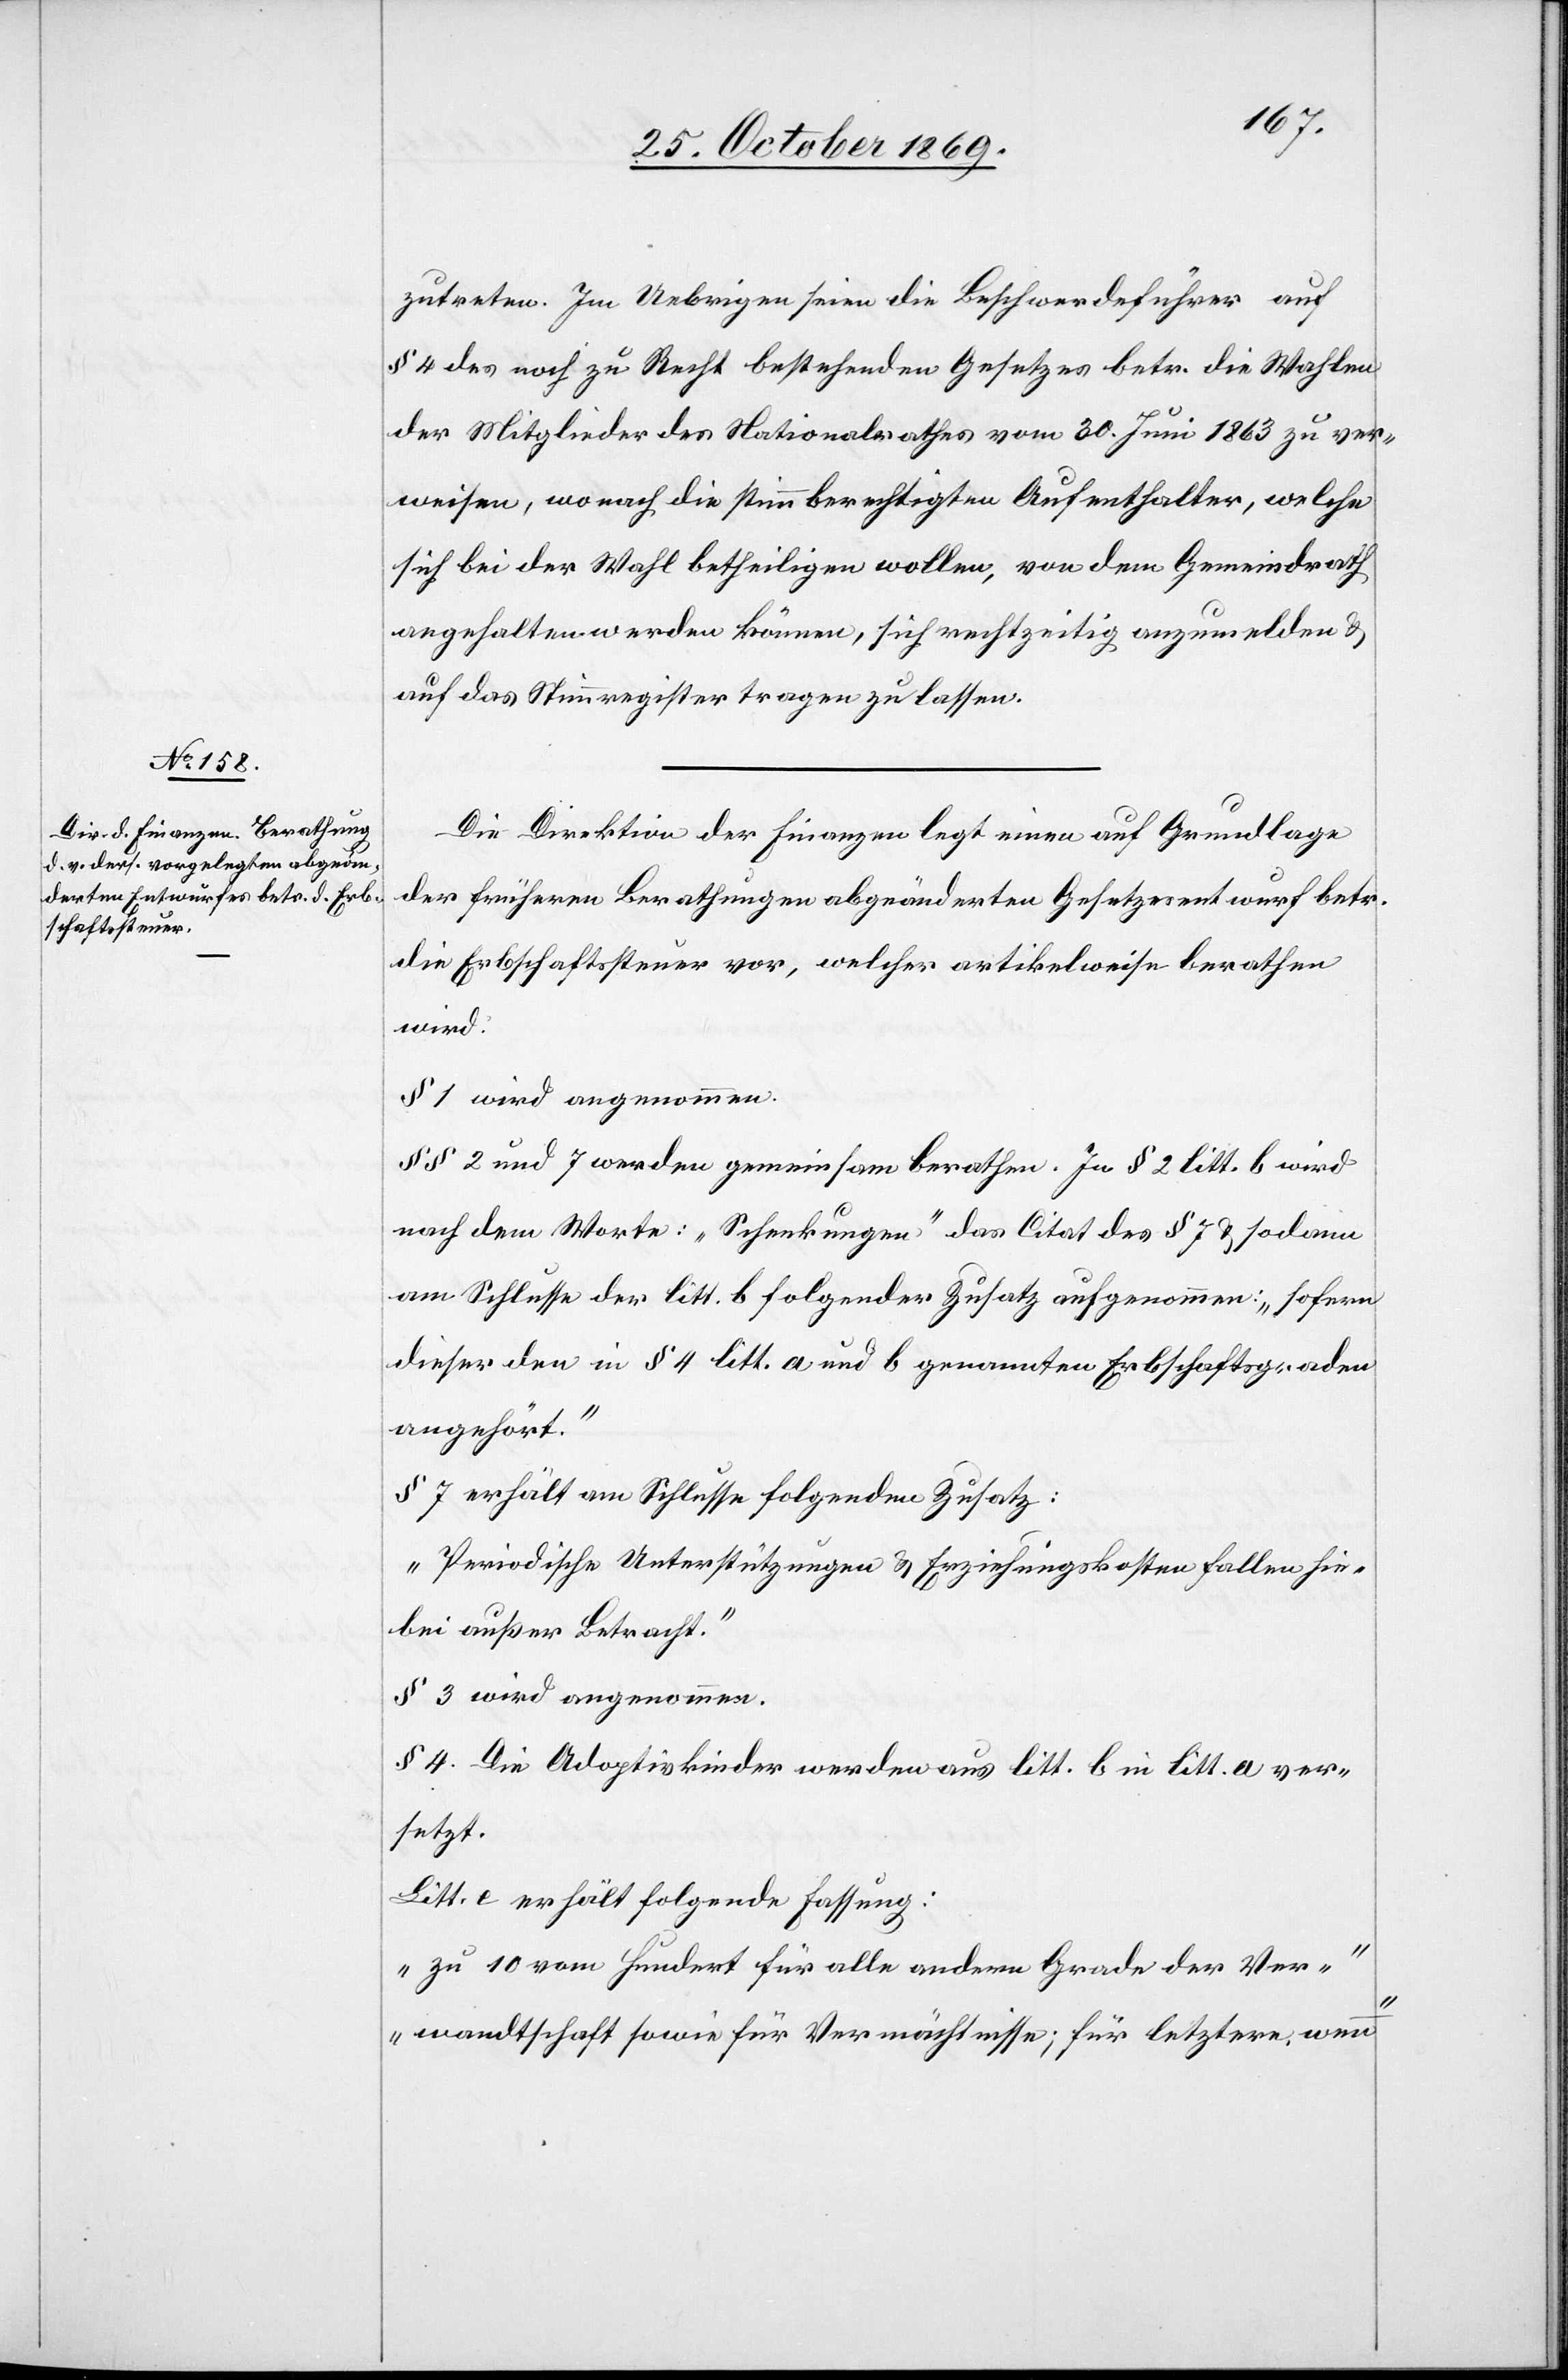
zutreten. Im Uebrigen seien die Beschwerdeführer auf
§ 4 des noch zu Recht bestehenden Gesetzes betr. die Wahlen
der Mitglieder des Nationalrathes vom 30. Juni 1863 zu ver¬
weisen, wonach die stimmberechtigten Aufenthalter, welche
sich bei der Wahl betheiligen wollen, von dem Gemeindrath
angehalten werden können, sich rechtzeitig anzumelden &
auf das Stimmregister tragen zu lassen.
Die Direktion der Finanzen legt einen auf Grundlage
der früheren Berathungen abgeänderten Gesetzesentwurf betr.
die Erbschaftssteuer vor, welcher artikelweise berathen
wird.
§ 1 wird angenommen.
§§ 2 und 7 werden gemeinsam berathen. In § 2 litt. b wird
nach dem Worte: „Schenkungen“ das Citat des § 7 & sodann
am Schlusse der litt. b folgender Zusatz aufgenommen: „sofern
dieser den in § 4 litt. a und b genannten Erbschaftsgraden
angehört.“
§ 7 erhält am Schlusse folgenden Zusatz:
„Periodische Unterstützungen & Erziehungskosten fallen hie¬
bei außer Betracht.“
§ 3 wird angenommen.
§ 4. Die Adoptivkinder werden aus litt. b in litt. a ver¬
setzt.
Litt. e erhält folgende Fassung:
„zu 10 vom Hundert für alle andern Grade der Ver¬
wandtschaft sowie für Vermächtnisse; für letztere, wenn